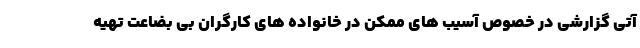
آتی گزارشی در خصوص آسیب های ممکن در خانواده های کارگران بی بضاعت تهیه